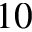
1 0